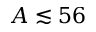
A \lesssim 5 6